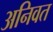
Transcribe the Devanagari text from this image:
अनिवत